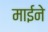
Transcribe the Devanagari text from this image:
माईने